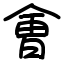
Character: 㑹